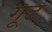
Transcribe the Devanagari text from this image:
गूट